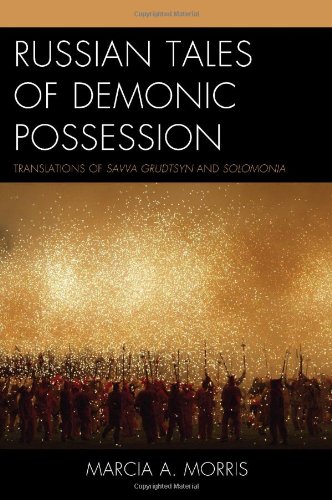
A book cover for Russian Tales of Demonic Possession: Translations of Savva Grudtsyn and Solomonia; Marcia A. Morris; Literature & Fiction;